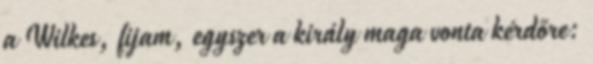
a Wilkes, fijam, egyszer a király maga vonta kérdőre: